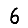
Digit: 6